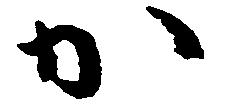
か